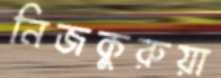
নিজকুরুয়া